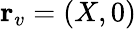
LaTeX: {\mathbf r}_{v}=(X,0)